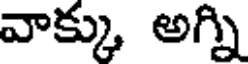
వాక్కు అగ్ని